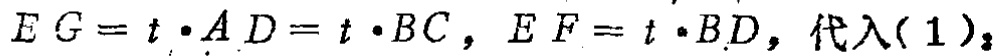
$EG = t\cdot AD = t\cdot BC,\ EF = t\cdot BD,\ 代入(1)_2$